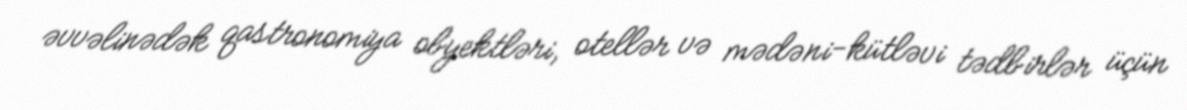
əvvəlinədək qastronomiya obyektləri, otellər və mədəni-kütləvi tədbirlər üçün